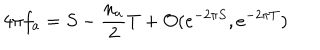
4 \pi f _ { a } = S - \frac { n _ { a } } { 2 } T + { \cal O } ( e ^ { - 2 \pi S } , e ^ { - 2 \pi T } )